Annual administration and progress report of the Indian Medical Department, Bombay
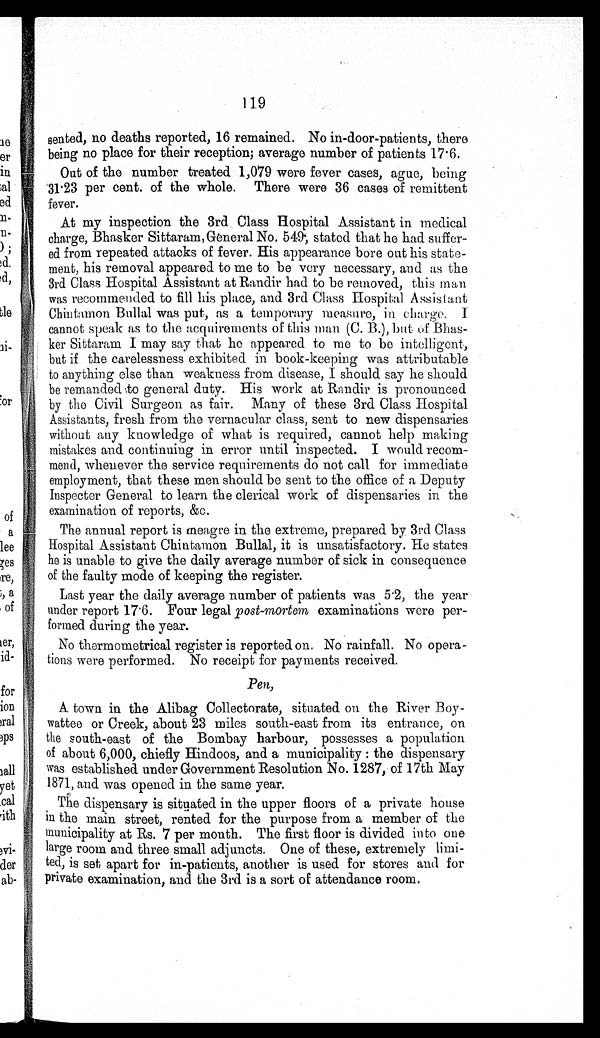
119
sented, no deaths reported, 16 remained. No in-door-patients, there
being no place for their reception; average number of patients 17.6.
Out of the number treated 1,079 were fever cases, ague, being
31.23 per cent. of the whole. There were 36 cases of remittent
fever.
At my inspection the 3rd Class Hospital Assistant in medical
charge, Bhasker Sittaram, General No. 549, stated that he had suffer-
ed from repeated attacks of fever. His appearance bore out his state-
ment, his removal appeared to me to be very necessary, and as the
3rd Class Hospital Assistant at Randir had to be removed, this man
was recommended to fill his place, and 3rd Class Hospital Assistant
Chintamon Bullal was put, as a temporary measure, in charge.
I
cannot speak as to the acquirements of this man (C. B.), but of Bhas-
ker Sittaram I may say that he appeared to me to be intelligent,
but if the carelessness exhibited in book-keeping was attributable
to anything else than weakness from disease, I should say he should
be remanded to general duty. His work at Randir is pronounced
by the Civil Surgeon as fair. Many of these 3rd Class Hospital
Assistants, fresh from the vernacular class, sent to new dispensaries
without any knowledge of what is required, cannot help making
mistakes and continuing in error until inspected. I would recom-
mend, whenever the service requirements do not call for immediate
employment, that these men should be sent to the office of a Deputy
Inspector General to learn the clerical work of dispensaries in the
examination of reports, &c.
The annual report is meagre in the extreme, prepared by 3rd Class
Hospital Assistant Chintamon Bullal, it is unsatisfactory. He, states
he is unable to give the daily average number of sick in consequence
of the faulty mode of keeping the register.
Last year the daily average number of patients was 5.2, the year
under report 17.6. Four legal post-mortem examinations were per-
formed during the year.
No thermometrical register is reported on. No rainfall. No opera-
tions were performed. No receipt for payments received.
Pen,
A town in the Alibag Collectorate, situated on the River Boy-
wattee or Creek, about 23 miles south-east from its entrance, on
the south-east of the Bombay harbour, possesses a population
of about 6,000, chiefly Hindoos, and a municipality : the dispensary
was established under Government Resolution No. 1287, of 17th May
1871, and was opened in the same year.
The dispensary is situated in the upper floors of a private house
in the main street, rented for the purpose from a member of the
municipality at Rs. 7 per month. The first floor is divided into one
large room and three small adjuncts. One of these, extremely limi-
ted, is set apart for in-patients, another is used for stores and for
private examination, and the 3rd is a sort of attendance room.